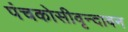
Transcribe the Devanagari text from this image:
पंचकोसीवृन्दावन